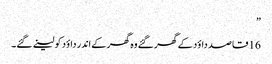
”
16 قاصد داؤد کے گھر گئے وہ گھر کے اندر داؤد کو لینے گئے۔